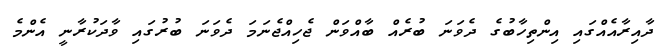
ދާއިރާއެއްގައި އިންތިހާބުގެ ދެވަނަ ބުރެއް ބާއްވަން ޖެހިއްޖެނަމަ ދެވަނަ ބުރުގައި ވާދަކުރާނީ އެންމެ